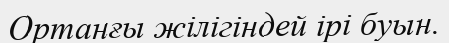
Ортанғы жілігіндей ірі буын.